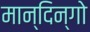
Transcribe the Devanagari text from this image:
मान्दिन्गो